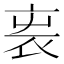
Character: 𧘫